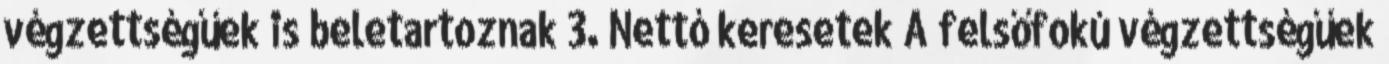
végzettségűek is beletartoznak 3. Nettó keresetek A felsőfokú végzettségűek